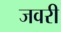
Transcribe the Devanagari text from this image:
जवरी